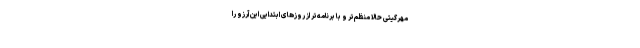
مهرگیتی حالا منظم‌تر و با برنامه‌تر از روزهای ابتدایی این آرزو را